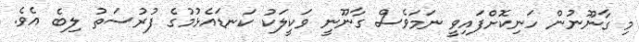
މި ގާނޫނުން ހަނިކޮށްފައިވީ ނަމަވެސް ގާނޫނީ ވަކީލަކު ކަނޑައެޅުމުގެ ފުރުސަތު ލިބެ އެވެ.